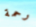
رحمة